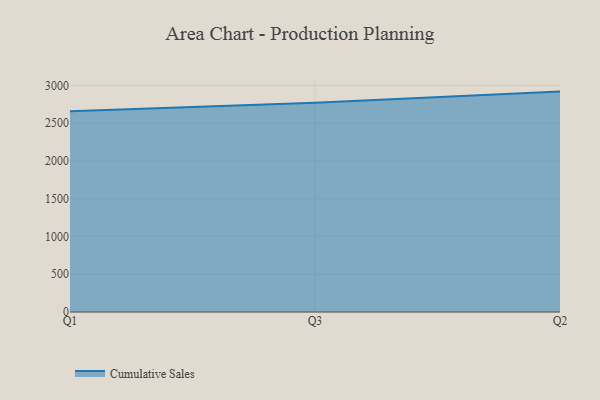
{"axis": {"x": "Quarter", "y": "Demand Index"}, "legend": ["Cumulative Sales"], "data": [{"x": "Q1", "y": 2657.5, "type": "Cumulative Sales"}, {"x": "Q3", "y": 2769.5, "type": "Cumulative Sales"}, {"x": "Q2", "y": 2918.6, "type": "Cumulative Sales"}]}